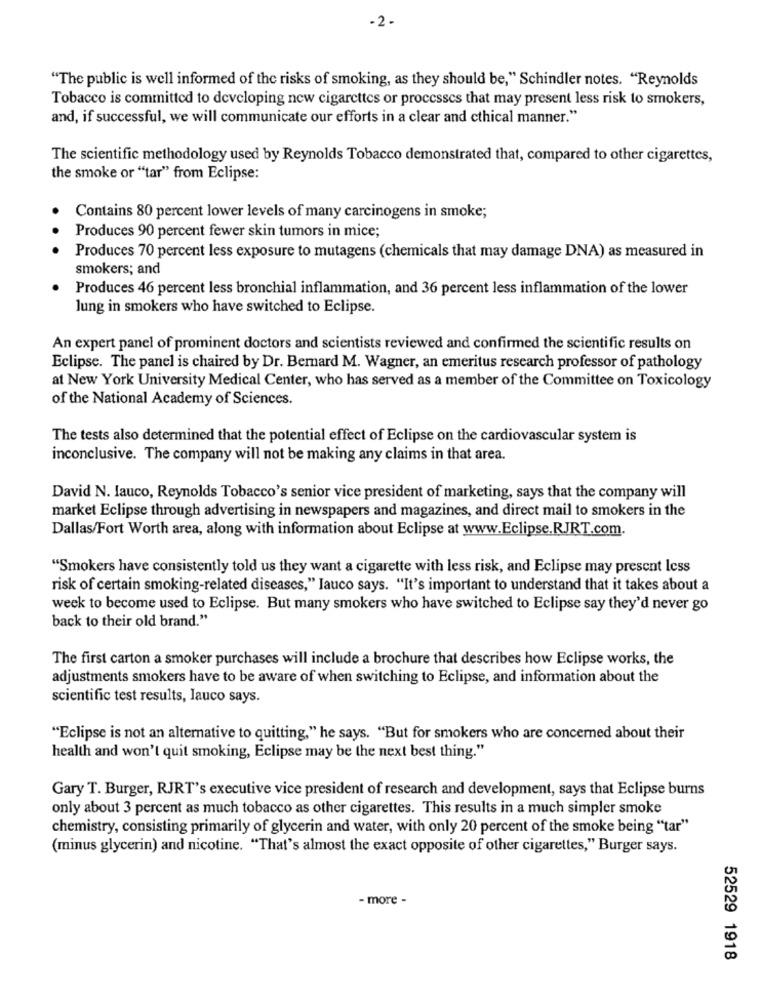
-2 .
"The public is well informed of the risks of smoking, as they should be," Schindler notes. "Reynolds
Tobacco is committed to developing new cigarettes or processes that may present less risk to smokers,
and, if successful, we will communicate our efforts in a clear and cthical manner."
The scientific methodology used by Reynolds Tobacco demonstrated that, compared to other cigarettes,
the smoke or "tar" from Eclipse:
Contains 80 percent lower levels of many carcinogens in smoke;
Produces 90 percent fewer skin tumors in mice;
Produces 70 percent less exposure to mutagens (chemicals that may damage DNA) as measured in
smokers; and
Produces 46 percent less bronchial inflammation, and 36 percent less inflammation of the lower
lung in smokers who have switched to Eclipse.
An expert panel of prominent doctors and scientists reviewed and confirmed the scientific results on
Eclipse. The panel is chaired by Dr. Bernard M. Wagner, an emeritus research professor of pathology
at New York University Medical Center, who has served as a member of the Committee on Toxicology
of the National Academy of Sciences.
The tests also determined that the potential effect of Eclipse on the cardiovascular system is
inconclusive. The company will not be making any claims in that area.
David N. Iauco, Reynolds Tobacco's senior vice president of marketing, says that the company will
market Eclipse through advertising in newspapers and magazines, and direct mail to smokers in the
Dallas/Fort Worth area, along with information about Eclipse at www.Eclipse.RJRT.com.
"Smokers have consistently told us they want a cigarette with less risk, and Eclipse may present less
risk of certain smoking-related diseases," Jauco says. "It's important to understand that it takes about a
week to become used to Eclipse. But many smokers who have switched to Eclipse say they'd never go
back to their old brand."
The first carton a smoker purchases will include a brochure that describes how Eclipse works, the
adjustments smokers have to be aware of when switching to Eclipse, and information about the
scientific test results, Jauco says.
"Eclipse is not an alternative to quitting," he says. "But for smokers who are concerned about their
health and won't quit smoking, Eclipse may be the next best thing."
Gary T. Burger, RJRT's executive vice president of research and development, says that Eclipse burns
only about 3 percent as much tobacco as other cigarettes. This results in a much simpler smoke
chemistry, consisting primarily of glycerin and water, with only 20 percent of the smoke being "tar"
(minus glycerin) and nicotine. "That's almost the exact opposite of other cigarettes," Burger says.
- more -
52529 1918